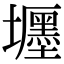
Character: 壥